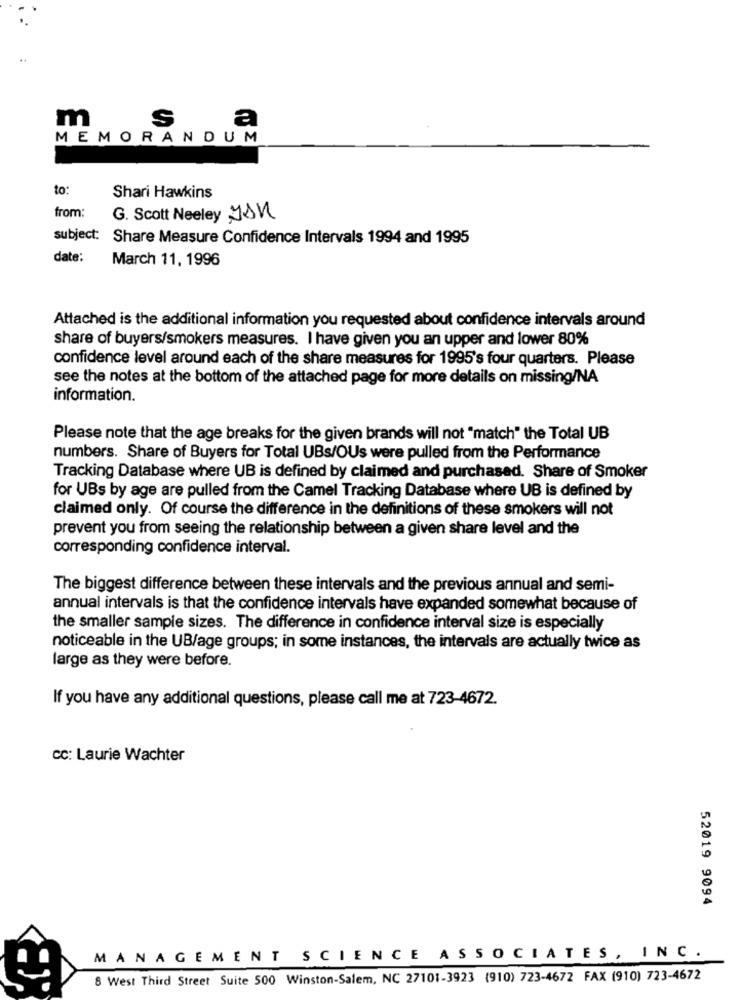
m
S
a
MEMORANDUM
to:
Shari Hawkins
from:
G. Scott Neeley JAN
subject:
Share Measure Confidence Intervals 1994 and 1995
date:
March 11, 1996
Attached is the additional information you requested about confidence intervals around
share of buyers/smokers measures. I have given you an upper and lower 80%
confidence level around each of the share measures for 1995's four quarters. Please
see the notes at the bottom of the attached page for more details on missing/NA
information.
Please note that the age breaks for the given brands will not "match" the Total UB
numbers. Share of Buyers for Total UBs/OUs were pulled from the Performance
Tracking Database where UB is defined by claimed and purchased. Share of Smoker
for UBs by age are pulled from the Camel Tracking Database where UB is defined by
claimed only. Of course the difference in the definitions of these smokers will not
prevent you from seeing the relationship between a given share level and the
corresponding confidence interval.
The biggest difference between these intervals and the previous annual and semi-
annual intervals is that the confidence intervals have expanded somewhat because of
the smaller sample sizes. The difference in confidence interval size is especially
noticeable in the UB/age groups; in some instances, the intervals are actually twice as
large as they were before.
If you have any additional questions, please call me at 723-4672.
CC: Laurie Wachter
52019 9094
MANAGEMENT SCIENCE ASSOCIATES, INC.
8 West Third Street Suite 500 Winston-Salem, NC 27101-3923 (910) 723-4672 FAX (910) 723-4672